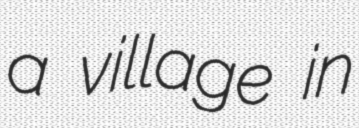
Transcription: a village in